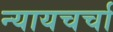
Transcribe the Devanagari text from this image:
न्यायचर्चा